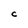
Character: C